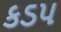
કડપ